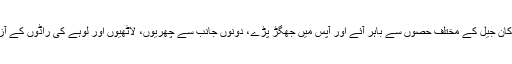
جیل حکام کے مطابق دو الگ الگ منشیات فروش گروہوں کے ارکان جیل کے مختلف حصوں سے باہر آئے اور آپس میں جھگڑ پڑے، دونوں جانب سے چھریوں، لاٹھیوں اور لوہے کی راڈوں کے آزادانہ استعمال کے باعث جیل میدان جنگ کا منظر پیش کرنے لگا۔